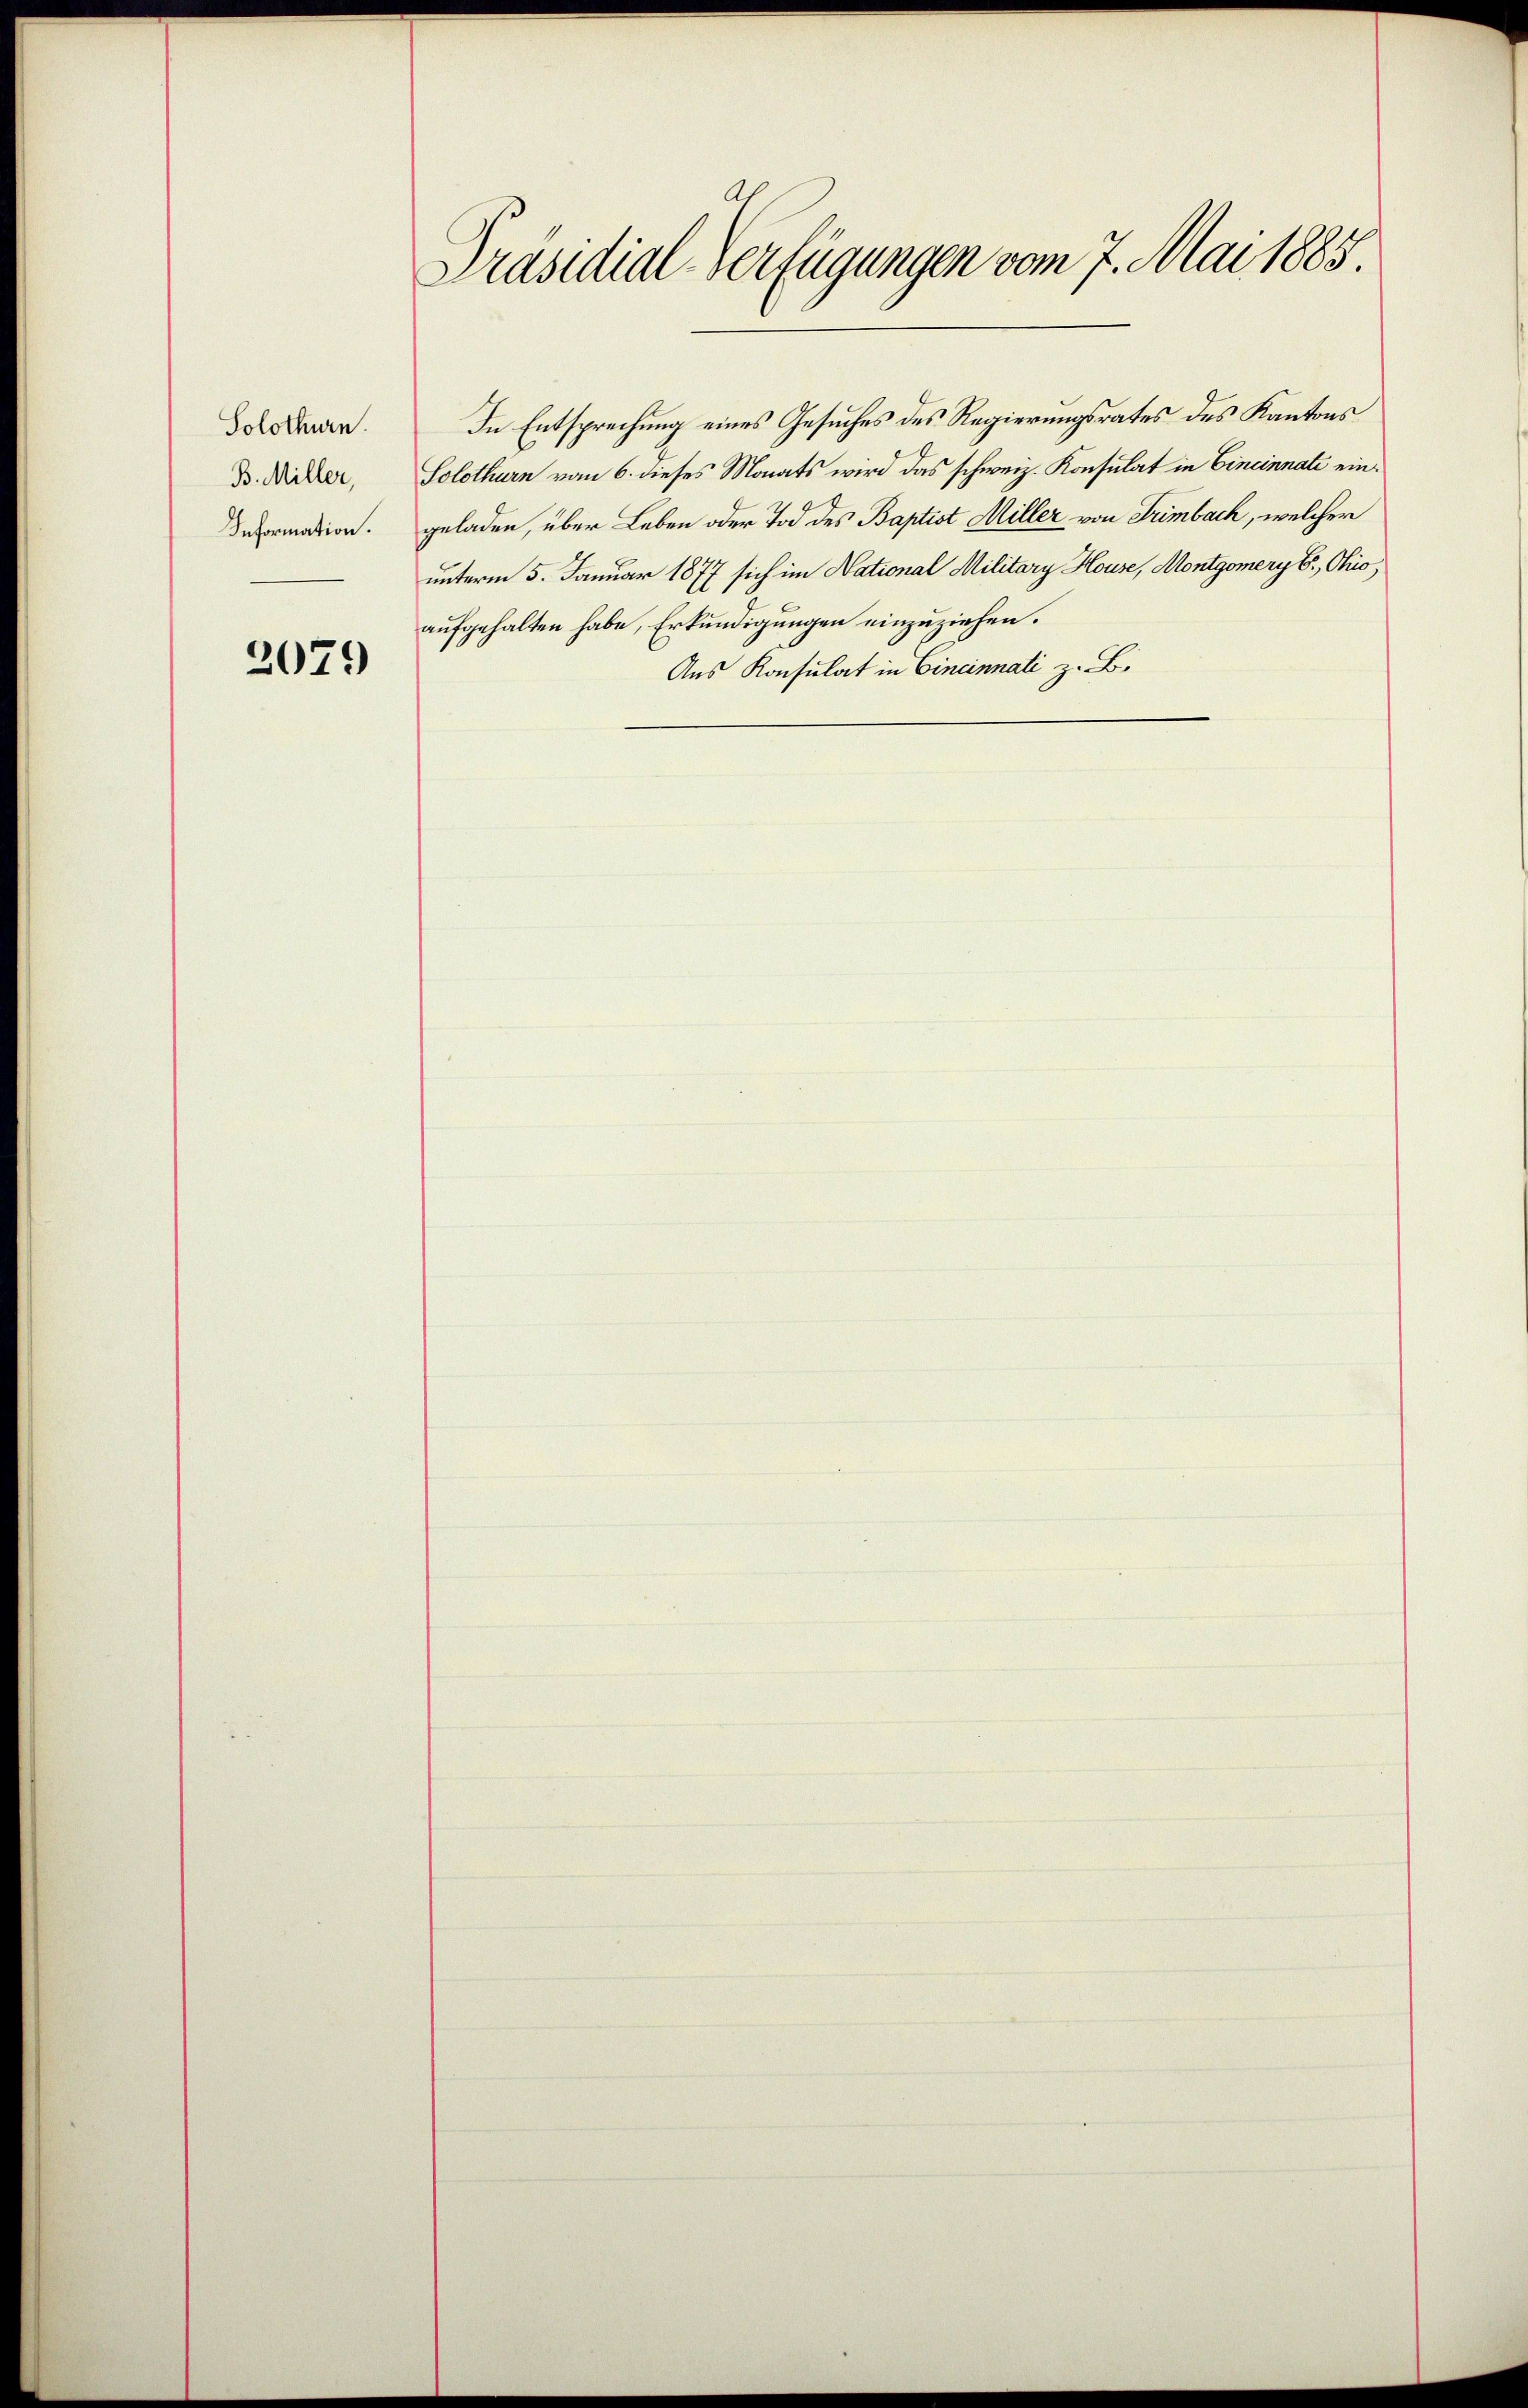
Solothurn.
B. Miller,
Information.

2079

Präsidial-Verfügungen vom 7. Mai 1885.

In Entsprechung eines Gesuches des Regierungsrates des Kantons
Solothurn vom 6. dieses Monats wird das schweiz. Konsulat in Cincinnati eingeladen, über Leben oder Tod des Baptist Miller von Trimbach, welcher
unterm 5. Januar 1877 sich im National Military House, Montgomery E., Ohio,
aufgehalten habe, Erkundigungen einzuziehen.
Aus Konsulat in Cincinnali z. B.